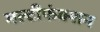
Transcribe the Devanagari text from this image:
मल्टीफंक्शन